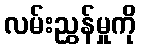
လမ်းညွှန်မှုကို